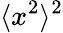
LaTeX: \langle x^{2}\rangle^{2}